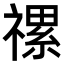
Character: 𥛧